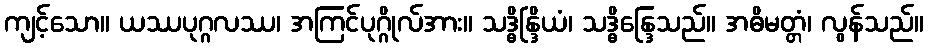
ကျင့်သော။ ယဿပုဂ္ဂလဿ၊ အကြင်ပုဂ္ဂိုလ်အား။ သဒ္ဓိန္ဒြိယံ၊ သဒ္ဓိန္ဒြေသည်။ အဓိမတ္တံ၊ လွန်သည်။